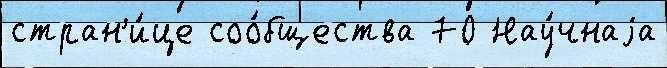
стран'и́це соо́бщества 70 Нау́чнаjа